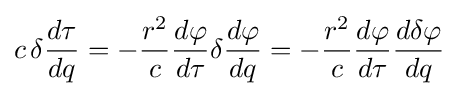
c\,\delta {\frac {d\tau }{dq}}=-{\frac {r^{2}}{c}}{\frac {d\varphi }{d\tau }}\delta {\frac {d\varphi }{dq}}=-{\frac {r^{2}}{c}}{\frac {d\varphi }{d\tau }}{\frac {d\delta \varphi }{dq}}